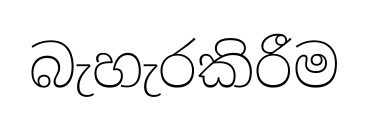
බැහැරකිරීම